V__Kingissepa_nim__kolhoos, lk 17
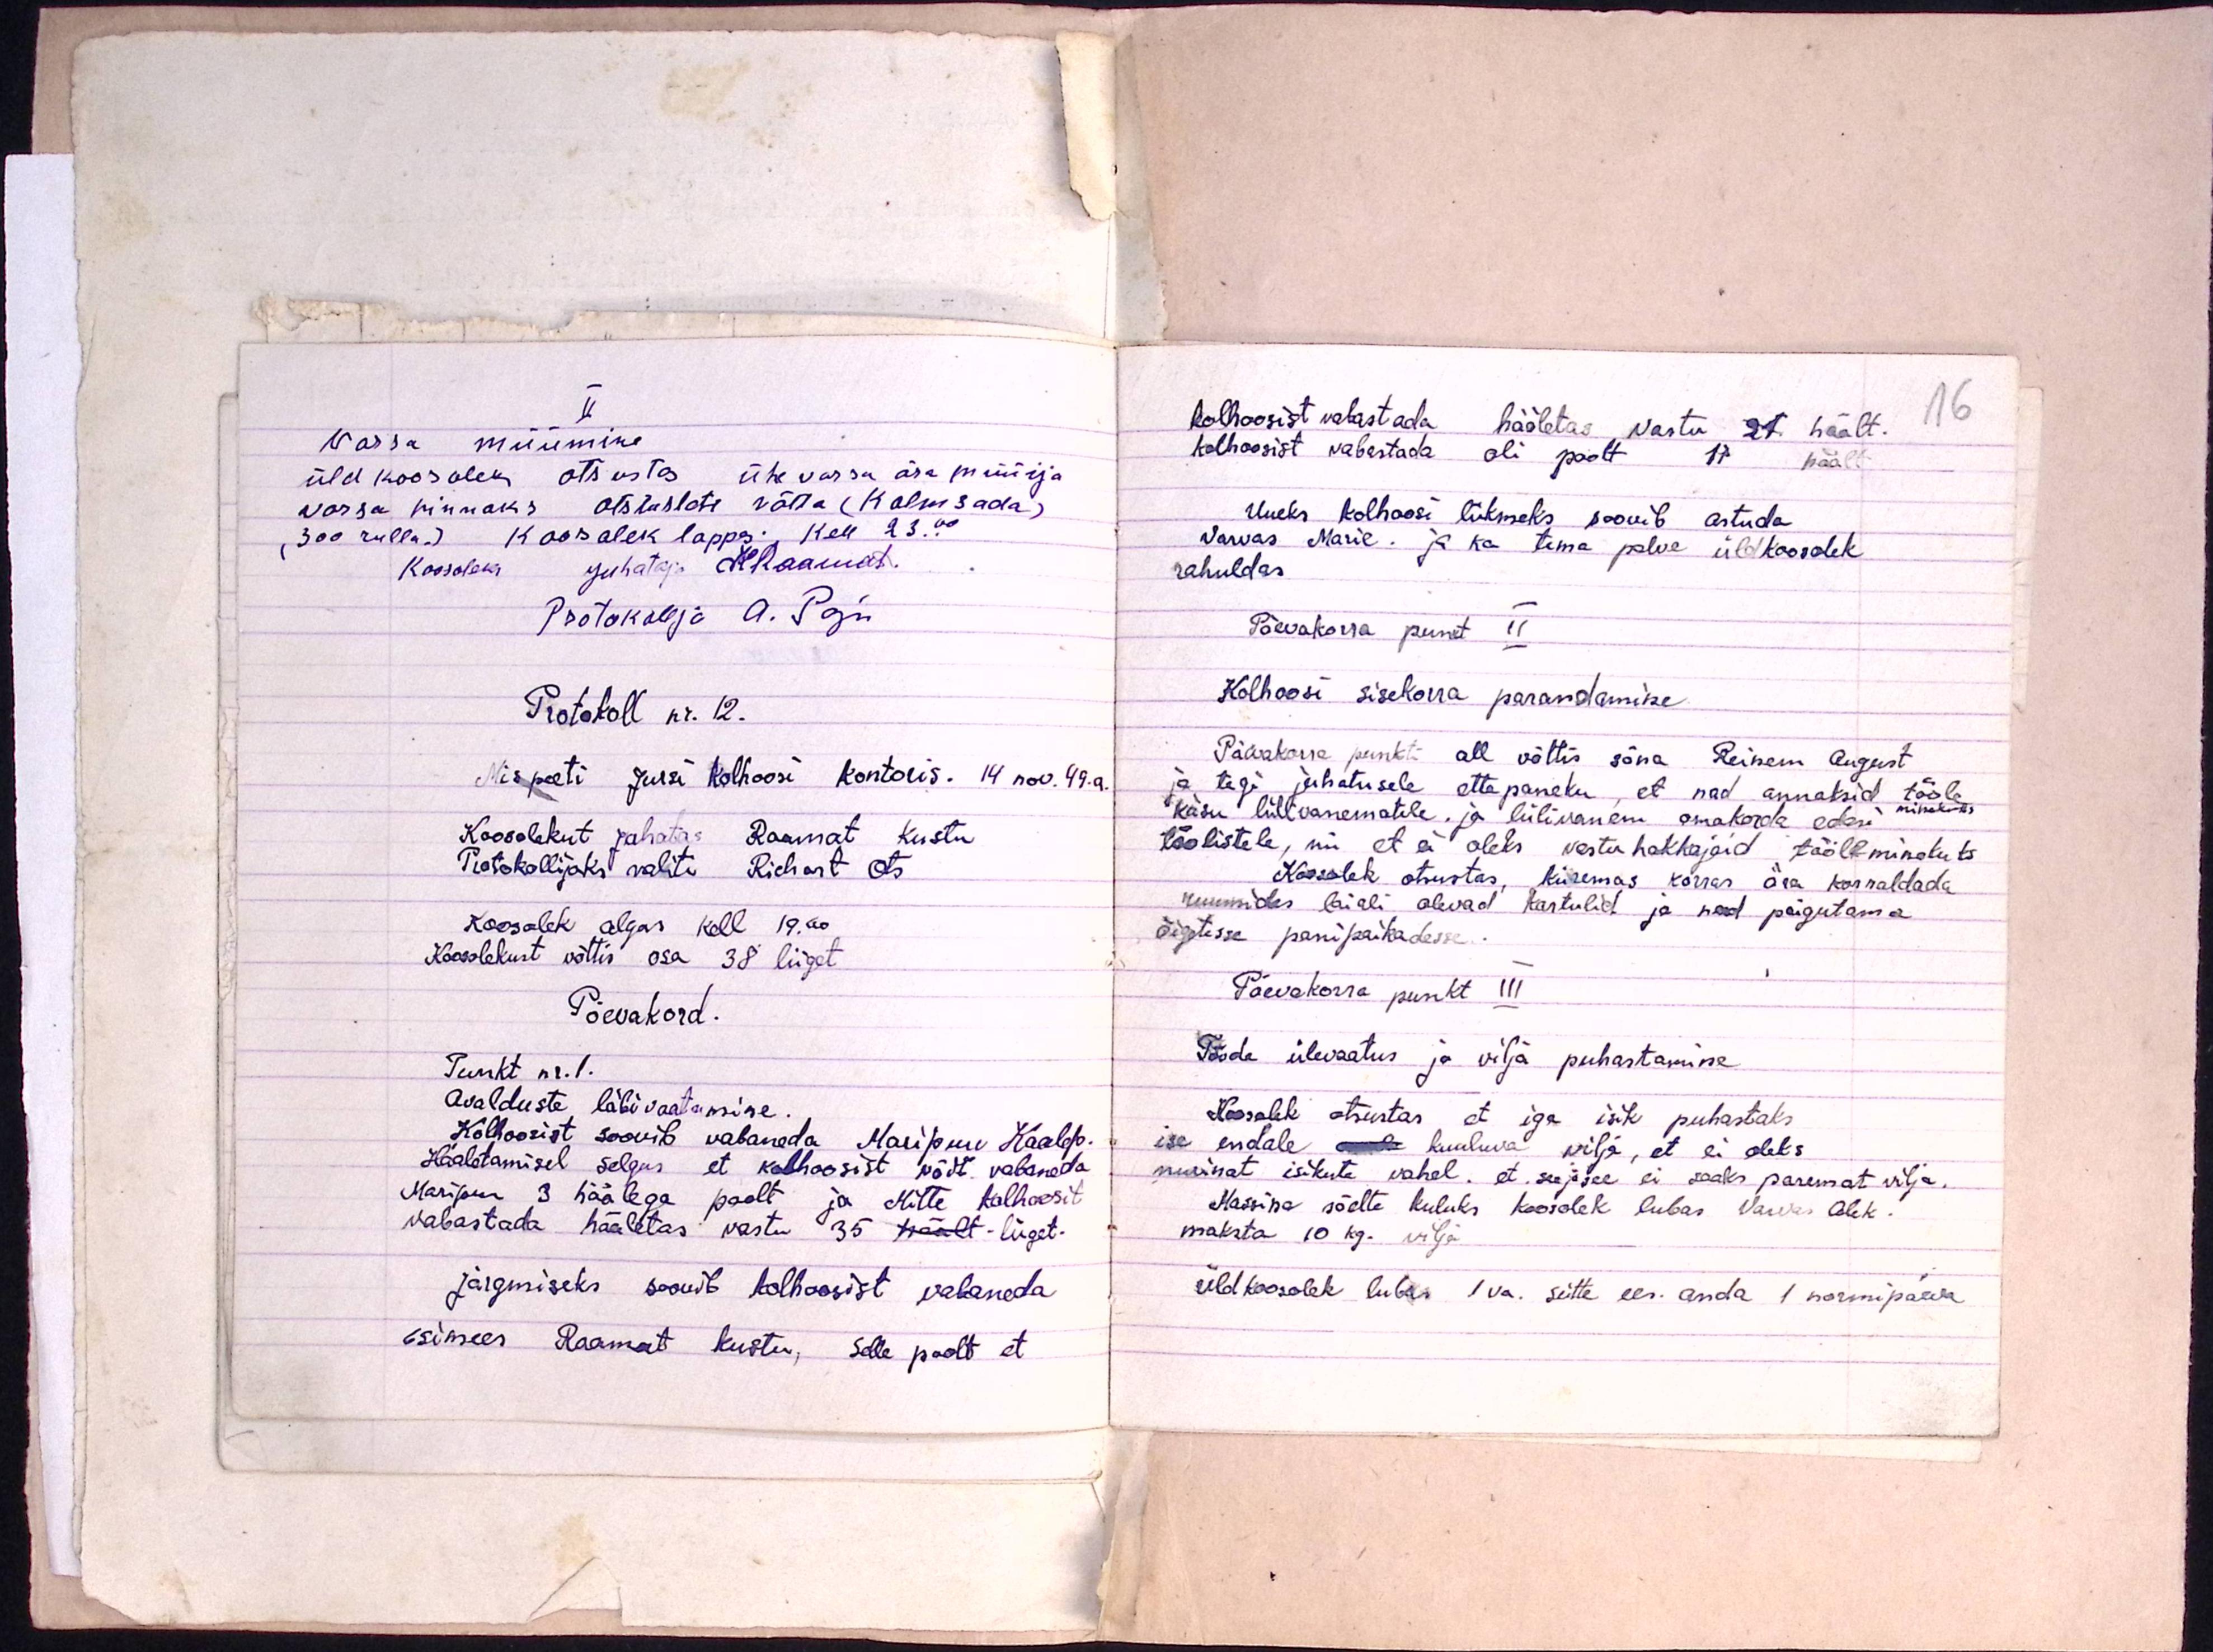
16

II
Varsa müümine
üld koosolek otsustas ühe varsa ära müüija
varsa hinnaks otsustati võtta (Kolmsada)
(300 rubla.) Koosolek lappes Kell 23.00
Koosoleks juhataja KRaamat.
Protokollja A. Paju
Protokoll nr. 12.
Mis peeti Jursi kolhoosi kontoris. 14. nov. 49. a.
Koosolekut juhatas Raamat Kustu
Protokollijaks valiti Richart Ots.
Koosolek algas kell 19.00
Koosolekust võttis osa 38 liiget
Päevakord.
Punkt nr. 1.
Avalduste läbivaatamine.
Kolhoosist soovib vabaneda Maripuu Kaalep
Hääletamisel selgus, et kolhoosist võib vabaneda
Maripuu 3 häälega poolt ja Mitte kolhoosit
vabastada hääletas vastu 35 häält - liiget.
Järgmiseks soovib kolhoosist vabaneda
esimees Raamat kustu, selle poolt et

kolhoosist vabastada hääletas vastu 21 häalt.
kolhoosist vabastada oli poolt 11 häält.
Uueks kolhoosi liikmeks soovib astuda.
Varvas Marie ja ka tema palve üldkoosolek
rahuldas.
Päevakorra punkt II
Kolhoosi sisekorra parandamine
Päevakorra punkti all võttis sõna Reinem August
ja tegi juhatusele ettepaneku, et nad annaksid tööle
käsu lüllivanematele. ja lülivanem omakorda edasi minemiseks
töölistele, nii et ei oleks vastu hakkajaid tööleminekuks
Koosolek otsustas, kiiremas korras ära korraldada
ruumides laiali olevad kartulid ja need paigutama
õigetesse panipaikadesse.
Päevakorra punkt III
Tööde ülevaatus ja vilja puhastamine
Koosolek otsustas et iga isik puhastaks
ise endale kuuluva vilja, et ei oleks
nurinat isikute vahel. et see ja see ei saaks paremat vilja.
Massina sõelte kuluks koosolek lubas Varvas Alek.
maksta 10 kg. vilja
üldkoosolek lubas 1 va. sütte ees. anda 1 normipäeva